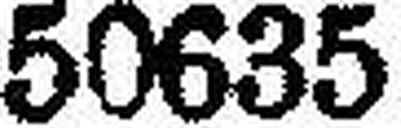
50635